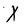
Character: X